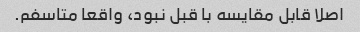
اصلا قابل مقایسه با قبل نبود، واقعا متاسفم.